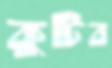
কুটিব